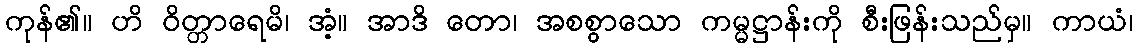
ကုန်၏။ ဟိ ဝိတ္တာရေမိ၊ အံ့။ အာဒိ တော၊ အစစွာသော ကမ္မဋ္ဌာန်းကို စီးဖြန်းသည်မှ။ ကာယံ၊